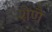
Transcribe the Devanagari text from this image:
शेणै